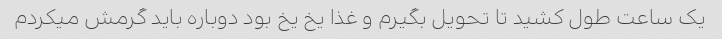
یک ساعت طول کشید تا تحویل بگیرم و غذا یخ یخ بود دوباره باید گرمش میکردم